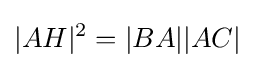
|AH|^{2}=|BA||AC|